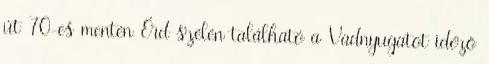
út 70-es mentén Érd szélén található a Vadnyugatot idéző